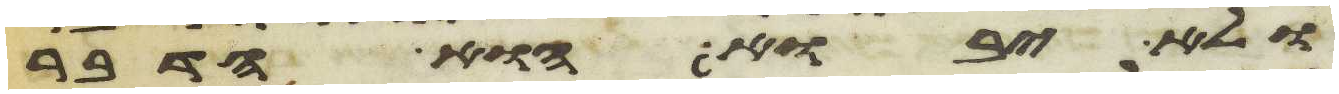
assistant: ולא יבוא הוא הדבר